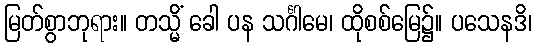
မြတ်စွာဘုရား။ တသ္မိံ ခေါ ပန သင်္ဂါမေ၊ ထိုစစ်မြေ၌။ ပသေနဒိ၊